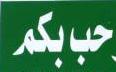
حب